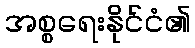
အစ္စရေးနိုင်ငံ၏